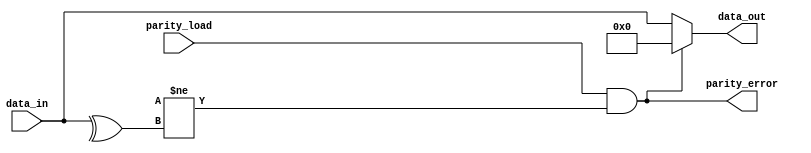
module parity_checker(
  input [7:0] data_in,
  input parity_load,
  output parity_error,
  output [7:0] data_out  
);
  wire parity_in;
  assign parity_error = parity_load && (parity_in != ^data_in); // if parity_load =1 and parity_in != data_in, parity error =1
  assign data_out = parity_error ? 0 : data_in;

  /*wire parity_check;
  wire parity;
  
  assign parity = parity_load ^ RX_in;
  assign parity_check = parity;
  
 
 always @(posedge CLK or posedge RST) begin
   if (RST)
	   error <= 1'b1;
   else if (parity_check == 1'b0)
	  error <= 1'b0;
	 else
	  error <= 1'b1;
 end*/
endmodule